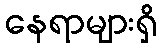
နေရာများရှိ